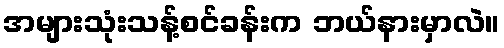
အများသုံးသန့်စင်ခန်းက ဘယ်နားမှာလဲ။